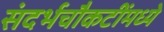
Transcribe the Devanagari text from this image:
संदर्भचौकटींमध्ये